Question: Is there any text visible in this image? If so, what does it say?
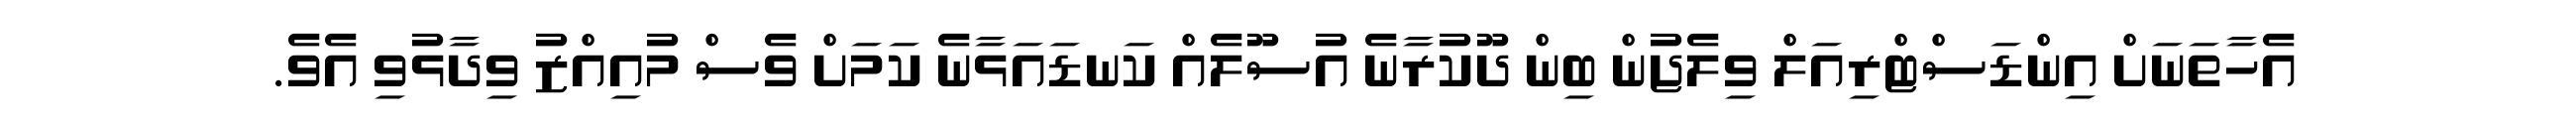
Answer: އެހާތަނަށް އިންޑަސްޓްރިއަލް ވިލެޖުން ބިން ދޫކުރާނެ އުސޫލެއް ކަނޑައަޅާނެ ކަމަށް ވެސް މުއިއްޒު ވިދާޅުވި އެވެ.